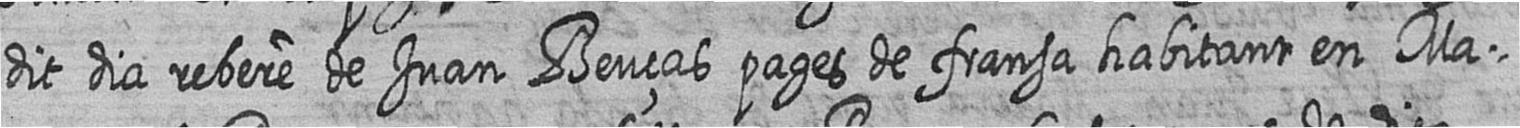
dit dia rebere de Juan Beuças pages de fransa habitant en Ma=